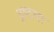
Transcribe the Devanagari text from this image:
द्रष्टया